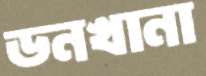
ডনখানা